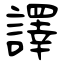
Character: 譯